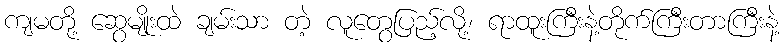
ကျမတို့ ဆွေမျိုးထဲ ချမ်းသာ တဲ့ လူတွေပြည့်လို့၊ ရာထူးကြီးနဲ့တိုက်ကြီးတာကြီးနဲ့